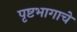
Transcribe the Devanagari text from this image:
पृष्टभागाचे